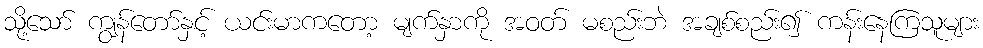
သို့သော် ကျွန်တော်နှင့် ယင်းမာကတော့ မျက်နှာကို အဝတ် မစည်းဘဲ အချစ်စည်း၍ ကန်းနေကြသူများ